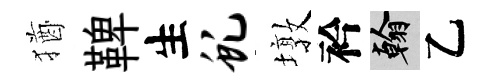
猶鞞生虬墩衿翰乙